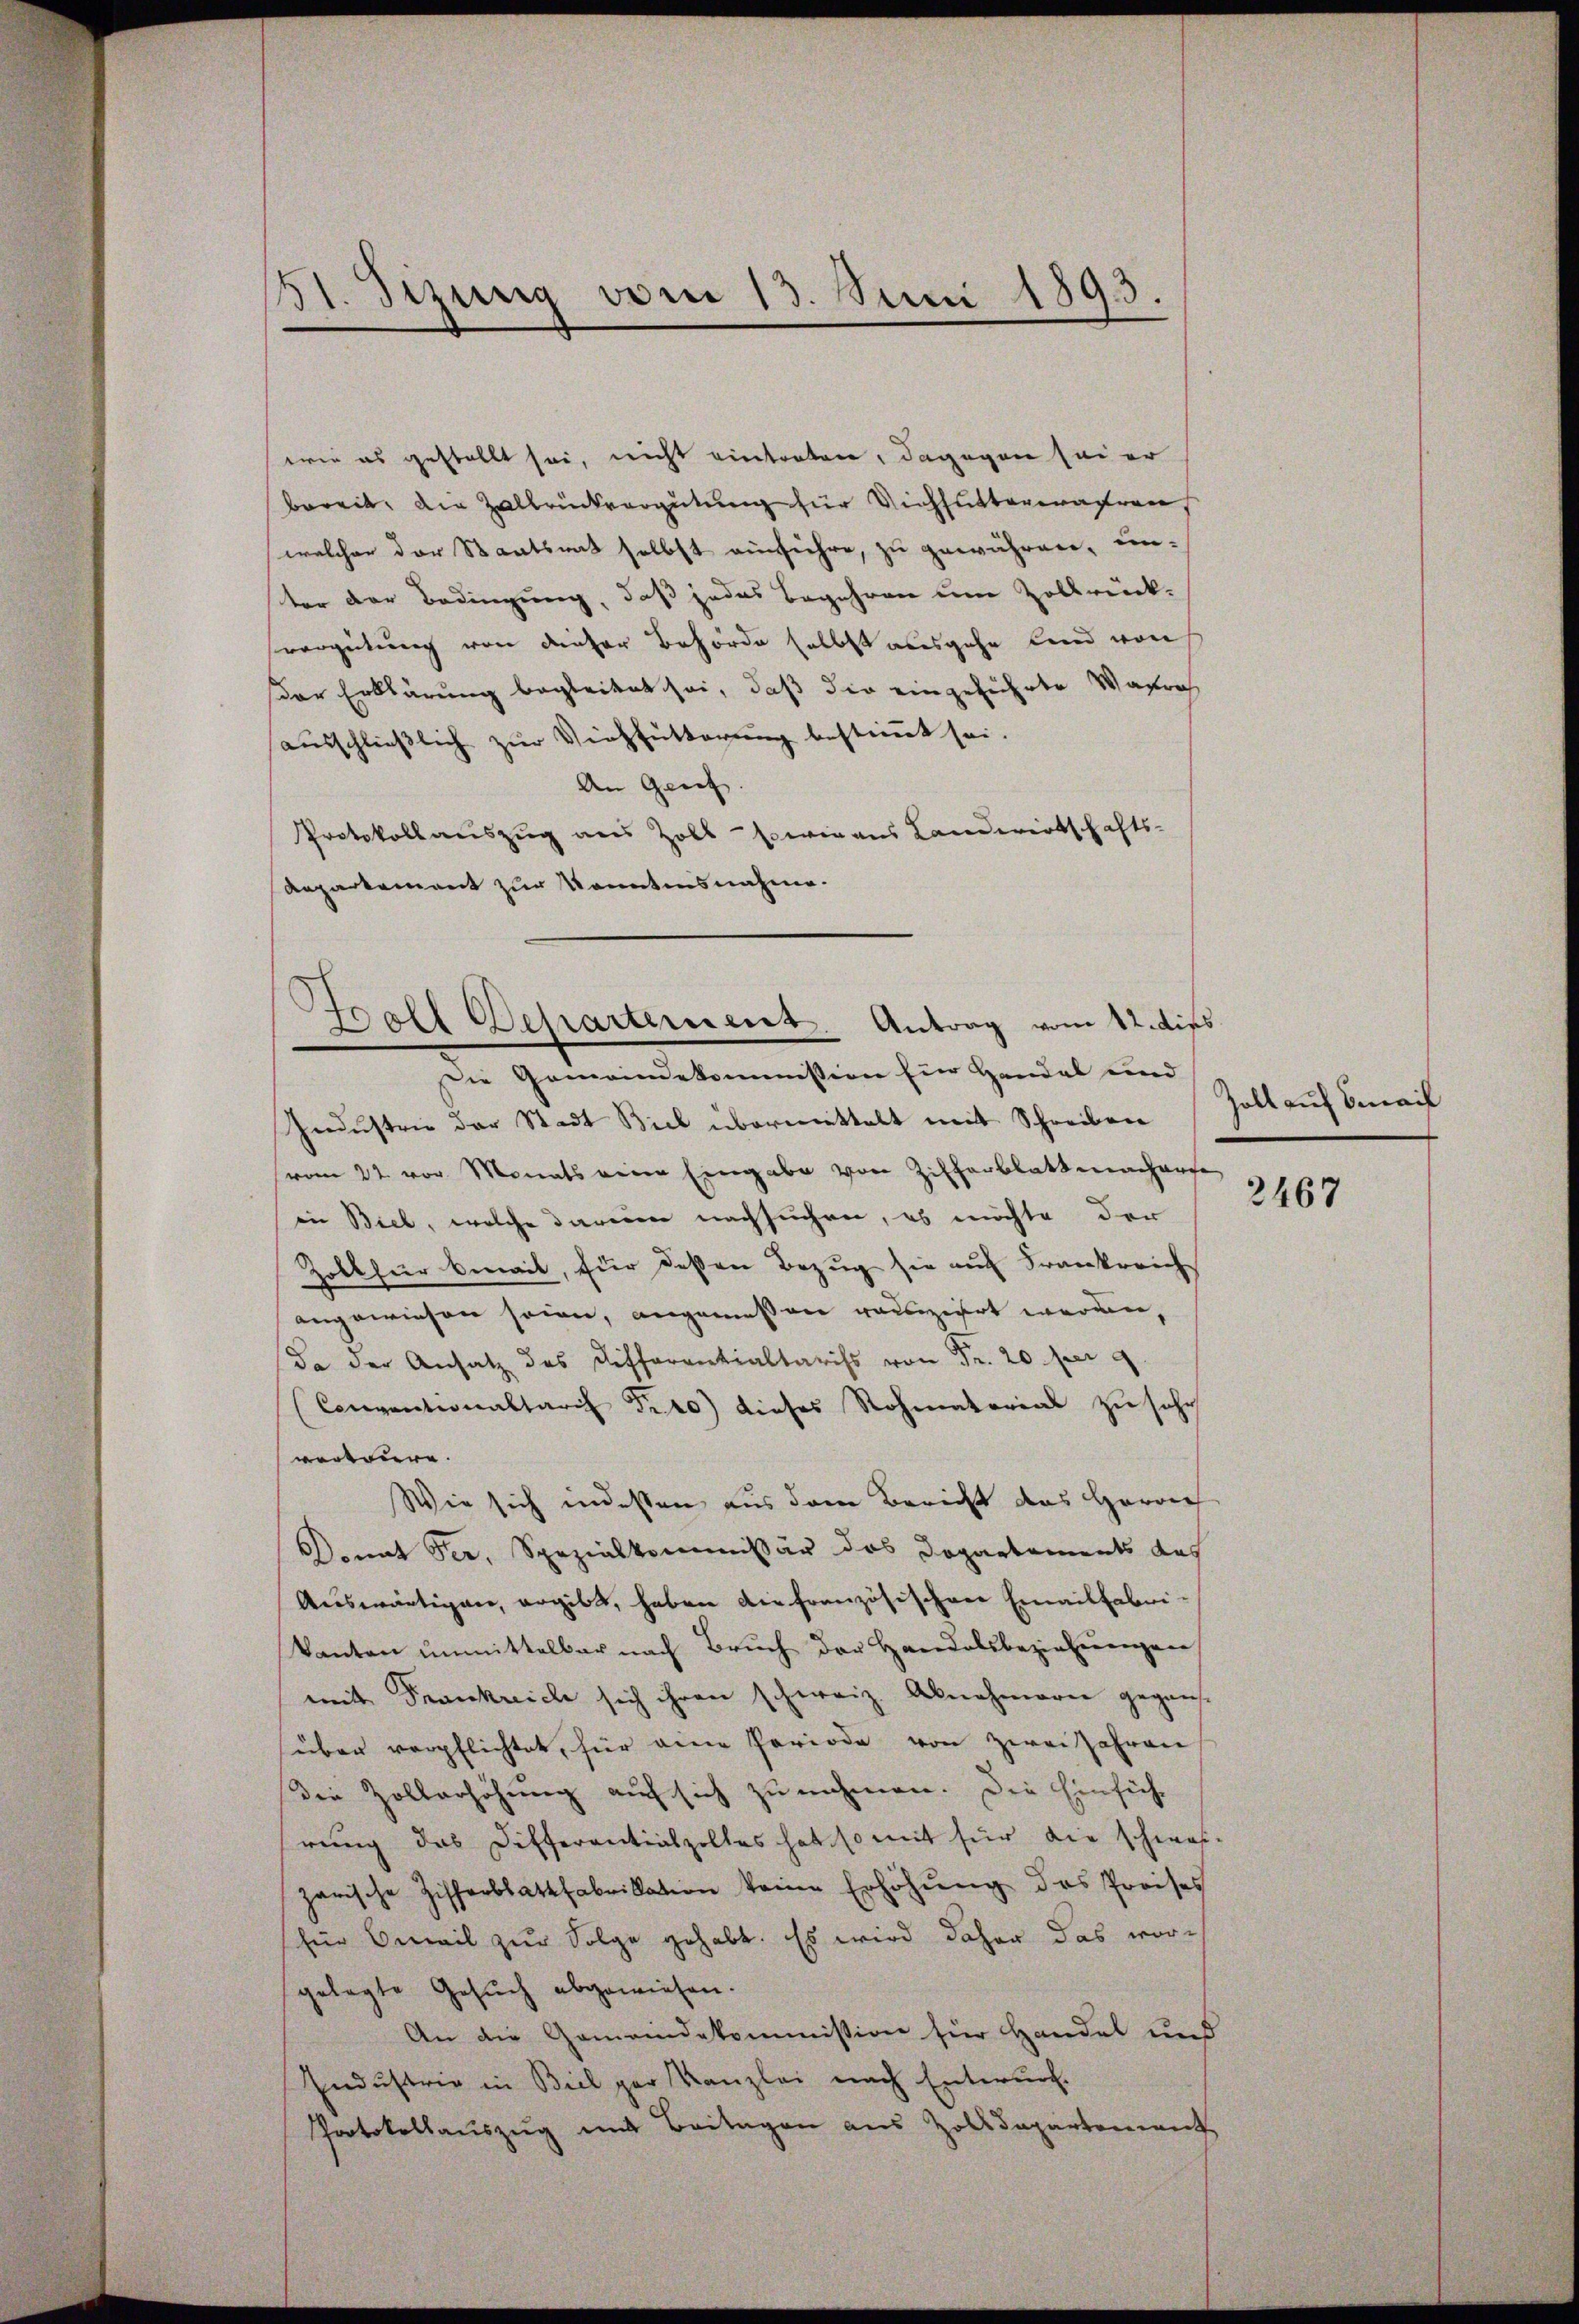
51. Sizung vom 13. Juni 1893.

wie es gestellt sei, nicht eintreten, dagegen sei er
bereit, die Zallrückvergütung für Viehfutterwahren,
welcher der Staatsrat selbst einführe, zu gewähren, un-
ter der Bedingung, daß jedes Begehren um Zollbrück-
verzeitung von dieser Behörde selbst ausgehe Land von
ar Erklärung begleitet sei, daß die eingeführte Wafrich
ausschließlich zur Viehfütterung bestimmt sei.
An Grief.
Protokollauszug aus Zoll sowie aus Landwirtschafts-
Aepartement zur konntensnahme.

3.
Doll Departement Antrag vom 12. dies
Die Gemeindekommission für Handel und

Industrie der Stadt Biel übermittelt mit Schreiben
(vom 22. vor Monats eine Eingabe von Zifferblattmacherse
in Biel, welche darum nachsuchen, es möchte der
Zoll für bereit, für deßen Bezug sie auf Frankreich
angewiesen seien, angemessen rausziert werden,
da der Ansatz des Differentialtaris von Fr. 20 per 9
(Conventionaltaris Pito) dieses Rohmaterial zu sehr
verteure.
Wie sich indessen aus dem Bericht das Herrn
Donat Fer, Spezialkommissär das Dopartements das
Auswärtigen, ergibt, haben die französischen Emailfabrikanton unmittelbar nach Bruch der Handelsbeziehungen
mit Frankreich sich ihren schweiz. Abnehmeren gegens-
über verpflichtet, für eine Periode von zwei Jahren
die Zollerhöhung auf sich zu nehmen. Die Einsichrung das Differentialzolles hat so mit für die schwei-
zarische Zifferblattfabrikation keine Erhöhŭng des Preises
(für Anweil zur Folge gehabt. Es wird daher das vorgelegte Gesuch abgewiesen.
An die Gemeindekommission für Handel und
Industrie in Biel par Kanzlei nach Entwurf.
Protokollauszug mit Beitagen aus Zolldepartement

Zoll auf Beweil

2467